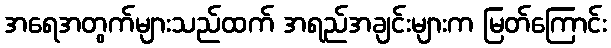
အရေအတွက်များသည်ထက် အရည်အချင်းများက မြတ်ကြောင်း